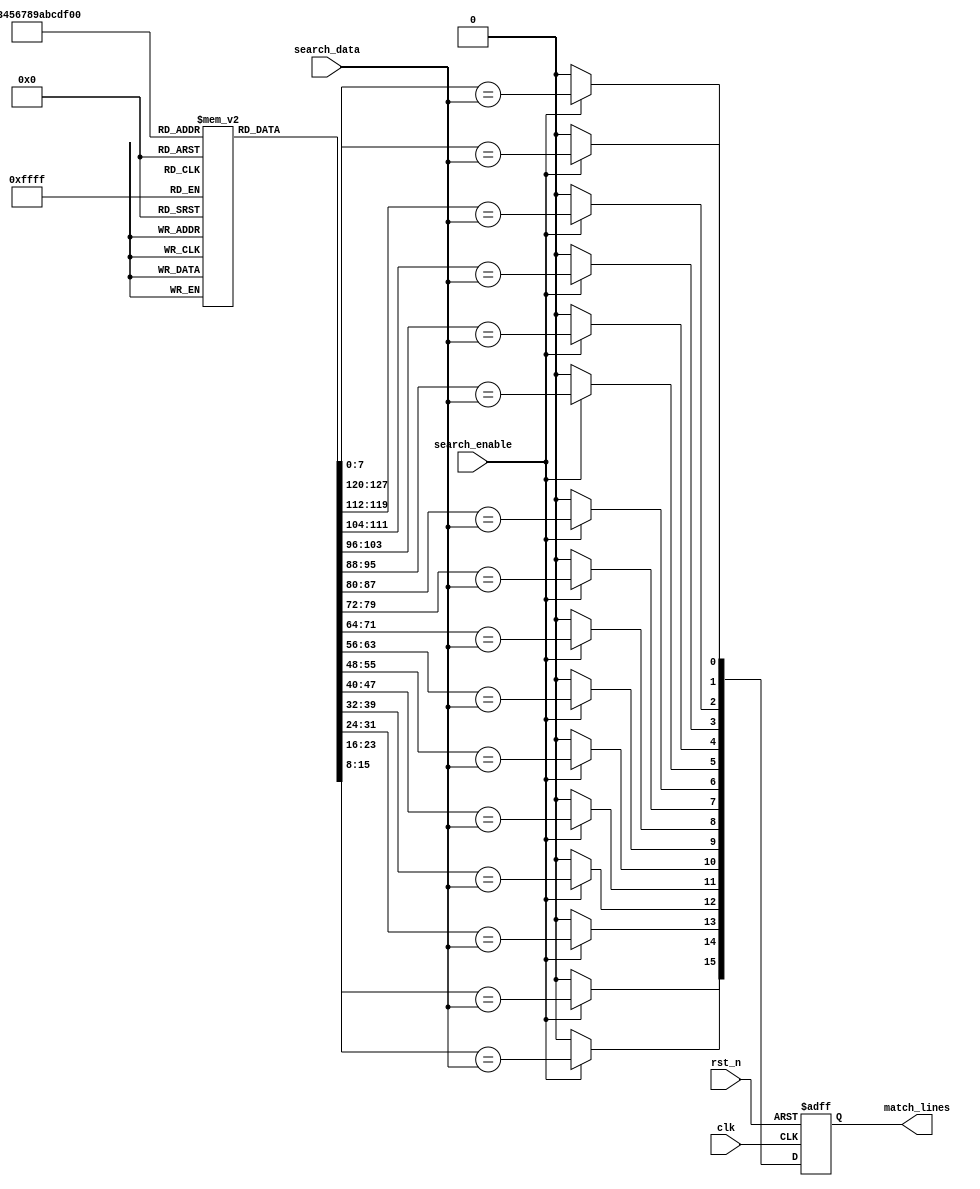
module row_based_cam #(
    parameter NUM_ROWS = 16,  // Number of rows in the CAM
    parameter DATA_WIDTH = 8   // Width of data entries
)(
    input wire clk,                    // Clock signal
    input wire rst_n,                  // Active-low reset
    input wire [DATA_WIDTH-1:0] search_data, // Input search data
    input wire search_enable,           // Enable search operation
    output reg [NUM_ROWS-1:0] match_lines // Match output lines
);

// Memory array to store CAM entries: NUM_ROWS x DATA_WIDTH
reg [DATA_WIDTH-1:0] cam_memory [0:NUM_ROWS-1];

// Internal wires for match detection
wire [NUM_ROWS-1:0] match;

// Match detection logic
genvar i;
generate
    for (i = 0; i < NUM_ROWS; i = i + 1) begin : match_logic
        assign match[i] = (search_enable) ? (cam_memory[i] == search_data) : 1'b0;
    end
endgenerate

// Match lines output logic
always @(posedge clk or negedge rst_n) begin
    if (!rst_n) begin
        match_lines <= 0;
    end else begin
        // Assign match lines based on the match detection
        match_lines <= match;
    end
end

// Test: Initialize CAM memory (for simulation purposes)
initial begin
    // Example initialization of CAM entries
    cam_memory[0] = 8'hAA;
    cam_memory[1] = 8'h55;
    cam_memory[2] = 8'hFF;
    cam_memory[3] = 8'h00;
    cam_memory[4] = 8'hCC;
    cam_memory[5] = 8'h33;
    // Fill the rest of the CAM memory as required
end

endmodule